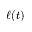
\ell ( t )